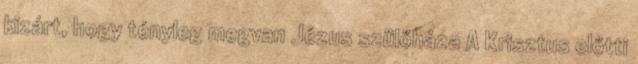
kizárt, hogy tényleg megvan Jézus szülőháza A Krisztus előtti